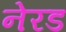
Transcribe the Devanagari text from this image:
नेरड